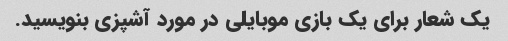
یک شعار برای یک بازی موبایلی در مورد آشپزی بنویسید.